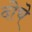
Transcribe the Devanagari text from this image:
दोचे